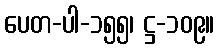
ပေတ-ပါ-၁၅၅၊ ဋ္ဌ-၁၀၉။